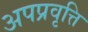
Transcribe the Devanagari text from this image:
अपप्रवृत्ति